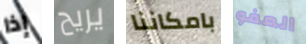
إذا يريح بامكاننا العفو